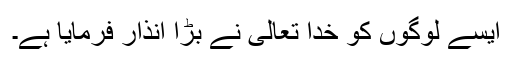
ایسے لوگوں کو خدا تعالیٰ نے بڑا انذار فرمایا ہے۔